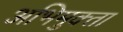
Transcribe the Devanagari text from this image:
अभिमुक्‍ता